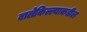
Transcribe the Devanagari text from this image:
बालेकिल्ल्याकडील